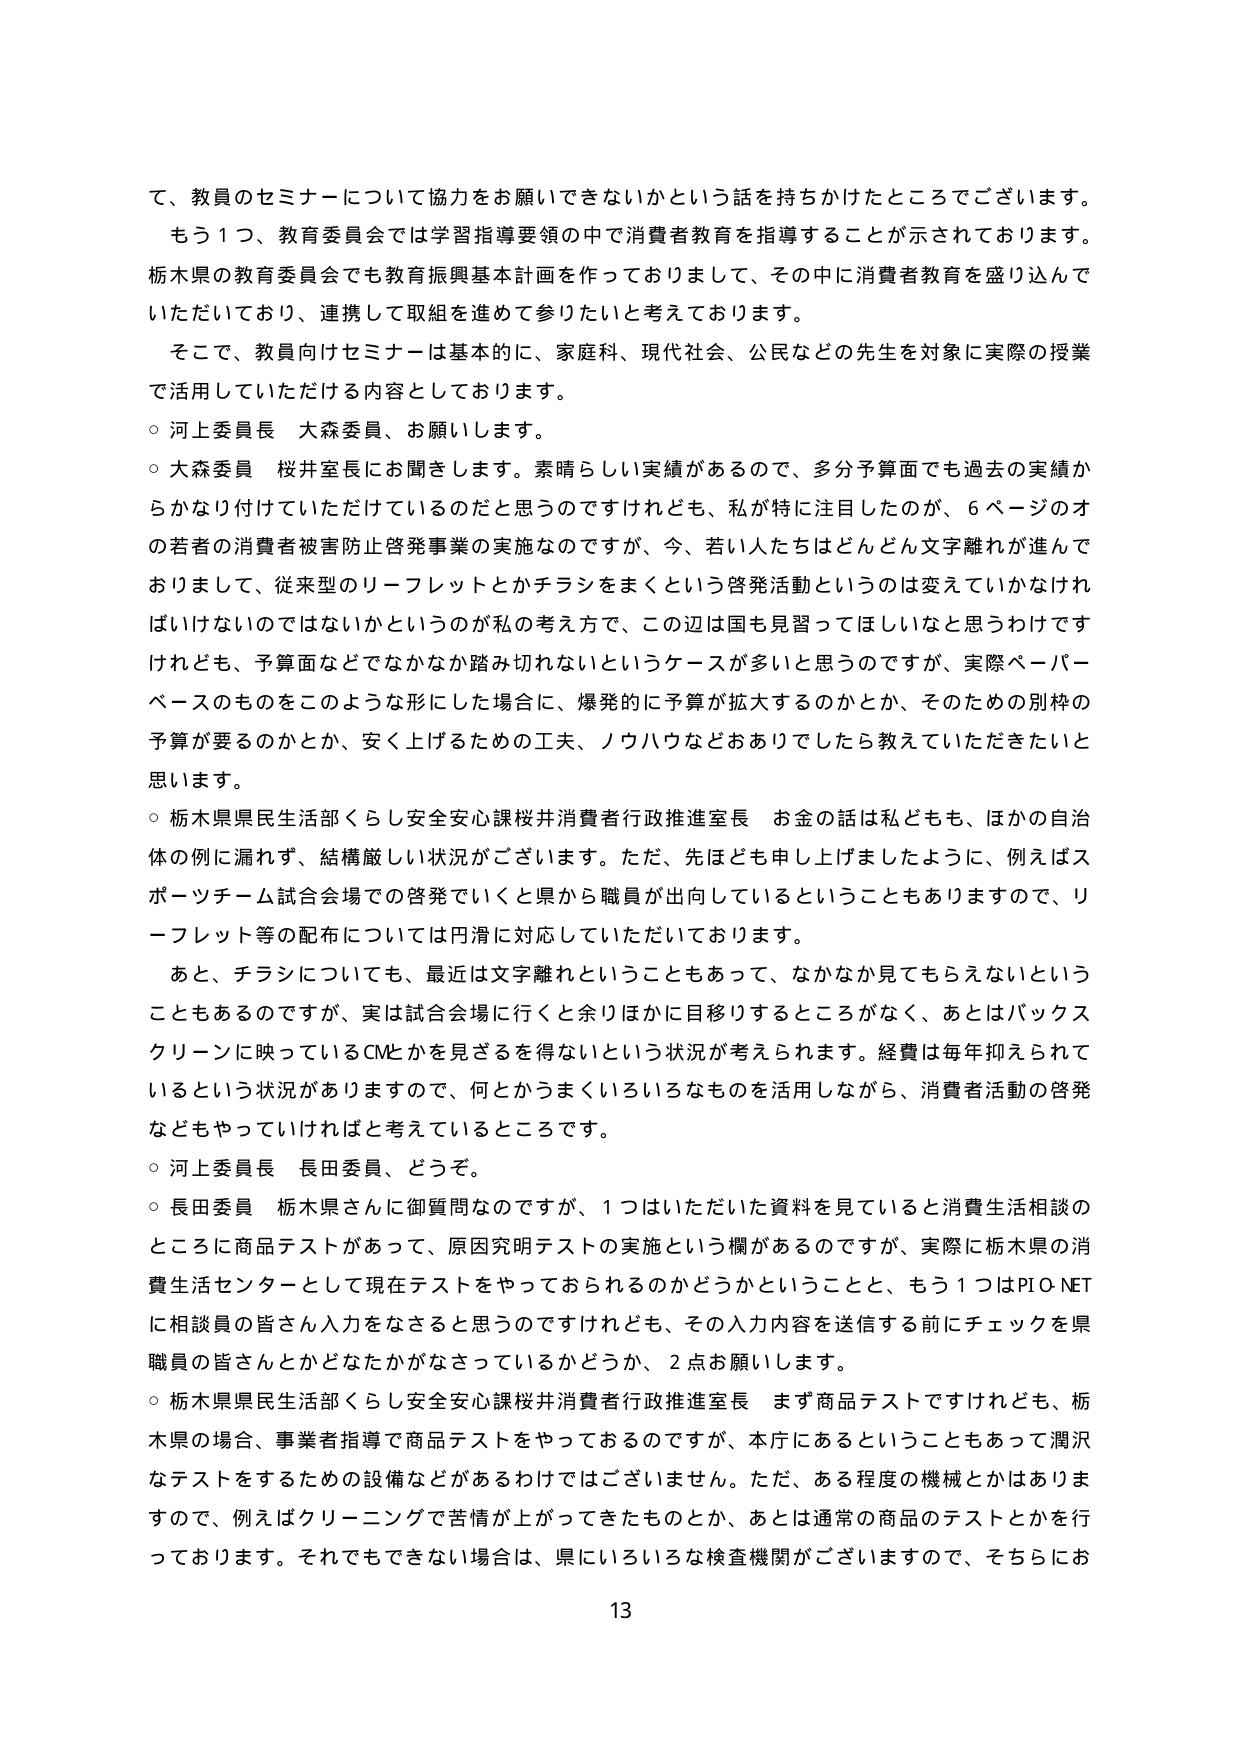
て、教員のセミナーについて協力をお願いできないかという話を持ちかけたところでございます。
もう１つ、教育委員会では学習指導要領の中で消費者教育を指導することが示されております。
栃木県の教育委員会でも教育振興基本計画を作っておりまして、その中に消費者教育を盛り込んでいただいており、連携して取組を進めて参りたいと考えております。
そこで、教員向けセミナーは基本的に、家庭科、現代社会、公民などの先生を対象に実際の授業で活用していただける内容としております。
○ 河上委員長 大森委員、お願いします。
○ 大森委員 桜井室長にお聞きします。素晴らしい実績があるので、多分予算面でも過去の実績からかなり付けていただけているのだと思うのですけれども、私が特に注目したのが、６ページのオの若者の消費者被害防止啓発事業の実施なのですが、今、若い人たちはどんどん文字離れが進んでおりまして、従来型のリーフレットとかチラシをまくという啓発活動というのは変えていかなければならないのではないかというのが私の考え方で、この辺は国も見習ってほしいなと思うわけですが、予算面などでなかなか踏み切れないというケースが多いと思うのですが、実際ペーパーベースのものをこのような形にした場合に、爆発的に予算が拡大するのかとか、そのための別枠の予算が要るのかとか、安く上げるための工夫、ノウハウなどがありましたら教えていただきたいと思います。
○ 栃木県県民生活部くらし安全安心課桜井消費者行政推進室長 お金の話は私どもも、ほかの自治体の例に漏れず、結構厳しい状況がございます。ただ、先ほども申し上げましたように、例えばスポーツチーム試合会場での啓発でいくと県から職員が出向しているということもありますので、リーフレット等の配布については円滑に対応していただいております。
あと、チラシについても、最近は文字離れということもあって、なかなか見てもらえないということもあるのですが、実は試合会場に行くと余りほかに目移りするところがなく、あとはバックスクリーンに映っているCMとかを見ざるを得ないという状況が考えられます。経費は毎年抑えられているという状況がありますので、何とかうまくいろいろなものを活用しながら、消費者活動の啓発などもやっていければと考えているところです。
○ 河上委員長 長田委員、どうぞ。
○ 長田委員 栃木県さんに御質問なのですが、１つはいただいた資料を見ていると消費生活相談のところに商品テストがあって、原因究明テストの実施という欄があるのですが、実際に栃木県の消費生活センターとして現在テストをやっておられるのかどうかということと、もう１つはPIO-NETに相談員の皆さん入力をなさると思うのですけれども、その入力内容を送信する前にチェックを県職員の皆さんとかどなたかがなさっているかどうか、２点お願いします。
○ 栃木県県民生活部くらし安全安心課桜井消費者行政推進室長 まず商品テストですけれども、栃木県の場合、事業者指導で商品テストをやっておるのですが、本庁にあるということもあって潤沢なテストをするための設備などがあるわけではございません。ただ、ある程度の機械とかはありますので、例えばクリーニングで苦情が上がって来たものとか、あとは通常の商品のテストとかを行っております。それでもできない場合は、県にいろいろな検査機関がございますので、そちらにお
13